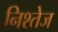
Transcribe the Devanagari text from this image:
निश्तेज